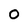
Character: O